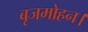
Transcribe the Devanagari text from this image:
बृजमोहन।